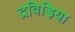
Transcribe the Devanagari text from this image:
द्रविड़िया